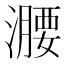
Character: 𣿺